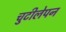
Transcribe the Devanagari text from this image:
चुटीलेपन